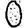
Digit: 0